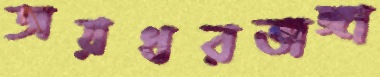
জয়ধরভাঙ্গা